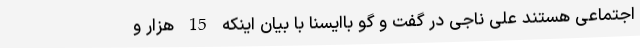
اجتماعی هستند علی ناجی در گفت و گو باایسنا با بیان اینکه 15 هزار و